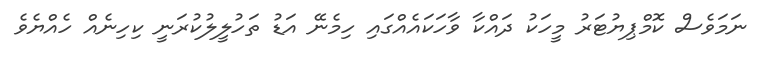
ނަމަވެސް ކޮމްޕިޔުޓަރު މީހަކު ދައްކާ ވާހަކައެއްގައި ހިމެނޭ އަޑު ތަހުލީލުކުރަނީ ކިހިނެއް ހެއްޔެވެ